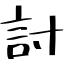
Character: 討